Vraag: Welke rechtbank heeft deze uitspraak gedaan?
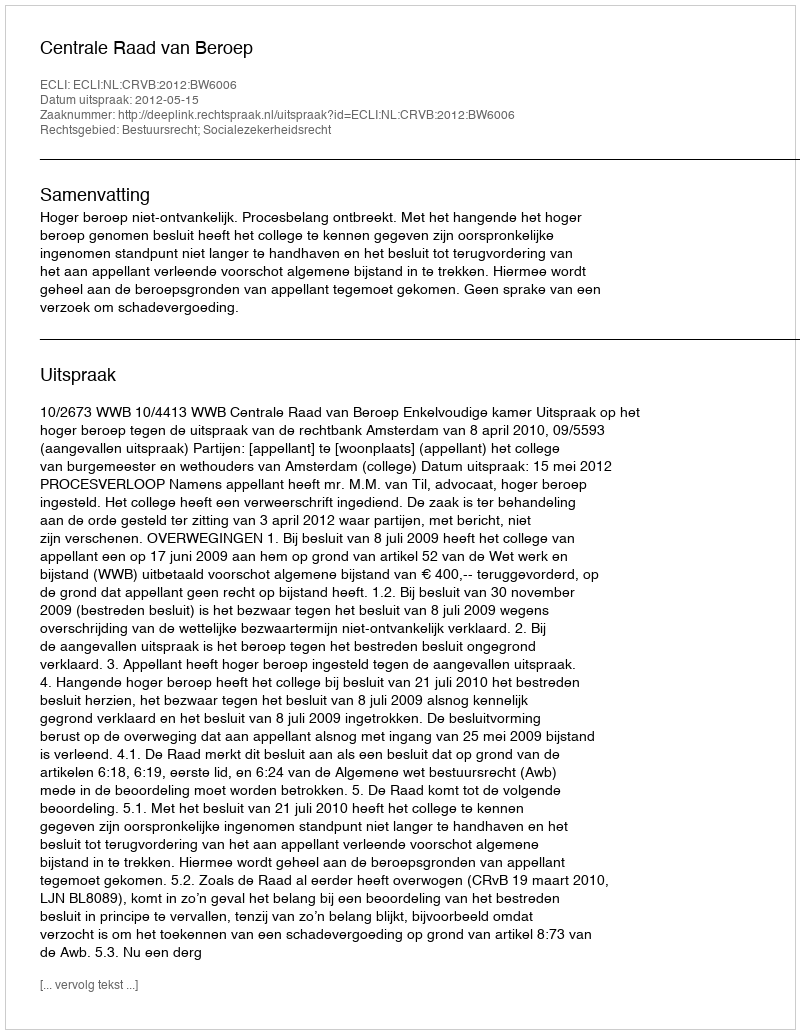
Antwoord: Centrale Raad van Beroep